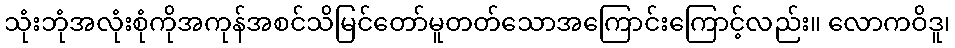
သုံးဘုံအလုံးစုံကိုအကုန်အစင်သိမြင်တော်မူတတ်သောအကြောင်းကြောင့်လည်း။ လောကဝိဒူ၊